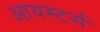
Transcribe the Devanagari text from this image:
आयस्टर्स